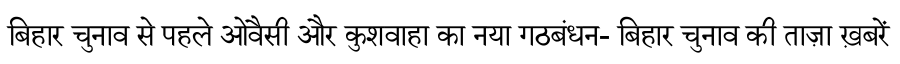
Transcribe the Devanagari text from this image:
बिहार चुनाव से पहले ओवैसी और कुशवाहा का नया गठबंधन- बिहार चुनाव की ताज़ा ख़बरें